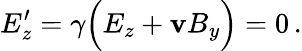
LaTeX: E_{z}^{\prime}=\gamma\Big(E_{z}+\mathbf{v}B_{y}\Big)=0\, .